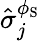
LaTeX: \hat{\sigma}_{j}^{\phi_{\mathrm{S}}}